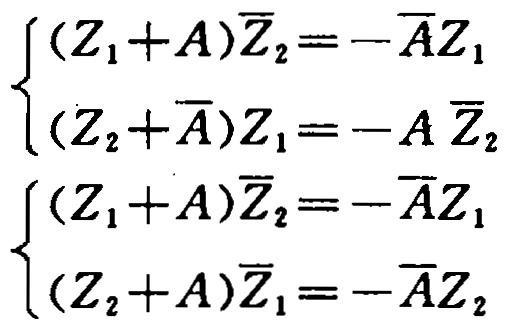
\[\begin{cases}
(Z_1 + A)\overline{Z}_2 = -\overline{A}Z_1\\
(Z_2+\overline{A})Z_1 = -A\overline{Z}_2
\end{cases}\]
\[\begin{cases}
(Z_1 + A)\overline{Z}_2 = -\overline{A}Z_1\\
(Z_2 + A)\overline{Z}_1 = -\overline{A}Z_2
\end{cases}\]